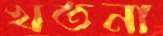
খতনা